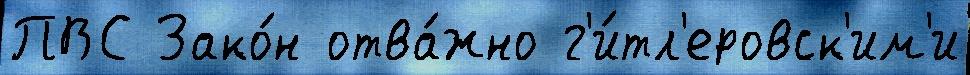
ПВС Зако́н отва́жно г'и́тл'еровск'им'и